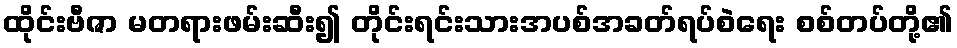
ထိုင်းဗီဇာ မတရားဖမ်းဆီး၍ တိုင်းရင်းသားအပစ်အခတ်ရပ်စဲရေး စစ်တပ်တို့၏